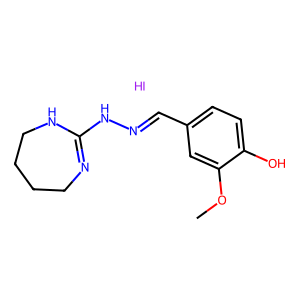
SMILES: COc1cc(C=NNC2=NCCCCN2)ccc1O.I
Inhibits HIV replication: No